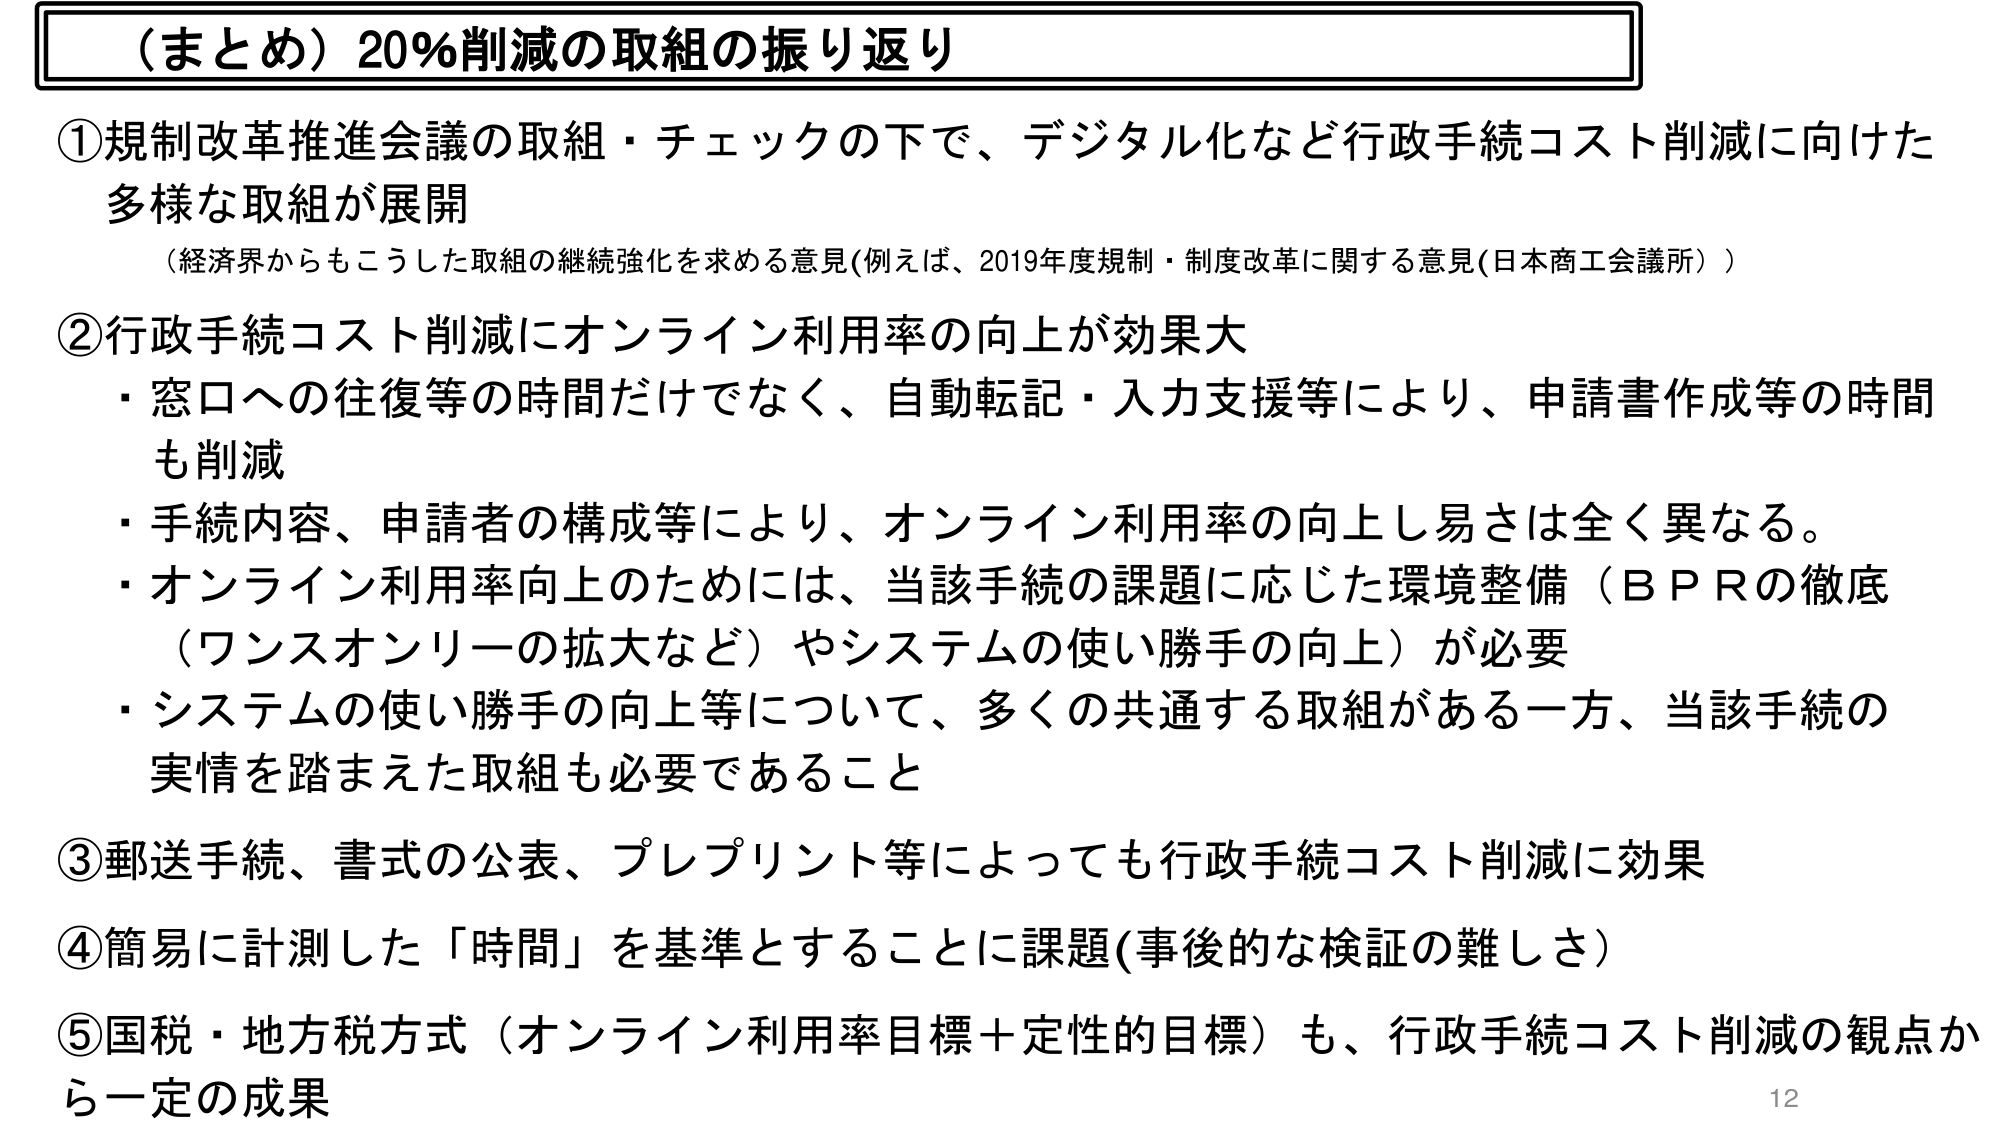
（まとめ）20％削減の取組の振り返り

①規制改革推進会議の取組・チェックの下で、デジタル化など行政手続コスト削減に向けた多様な取組が展開
（経済界からもこうした取組の継続強化を求める意見（例えば、2019年度規制・制度改革に関する意見（日本商工会議所）））

②行政手続コスト削減にオンライン利用率の向上が効果大
・窓口への往復等の時間だけでなく、自動転記・入力支援等により、申請書作成等の時間も削減
・手続内容、申請者の構成等により、オンライン利用率の向上し易さは全く異なる。
・オンライン利用率向上のためには、当該手続の課題に応じた環境整備（BPRの徹底（ワンスオンリーの拡大など）やシステムの使い勝手の向上）が必要
・システムの使い勝手の向上等について、多くの共通する取組がある一方、当該手続の実情を踏まえた取組も必要であること

③郵送手続、書式の公表、プレプリント等によっても行政手続コスト削減に効果

④簡易に計測した「時間」を基準とすることに課題（事後的な検証の難しさ）

⑤国税・地方税方式（オンライン利用率目標＋定性的目標）も、行政手続コスト削減の観点から一定の成果

12